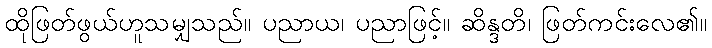
ထိုဖြတ်ဖွယ်ဟူသမျှသည်။ ပညာယ၊ ပညာဖြင့်။ ဆိန္ဒတိ၊ ဖြတ်ကင်းလေ၏။